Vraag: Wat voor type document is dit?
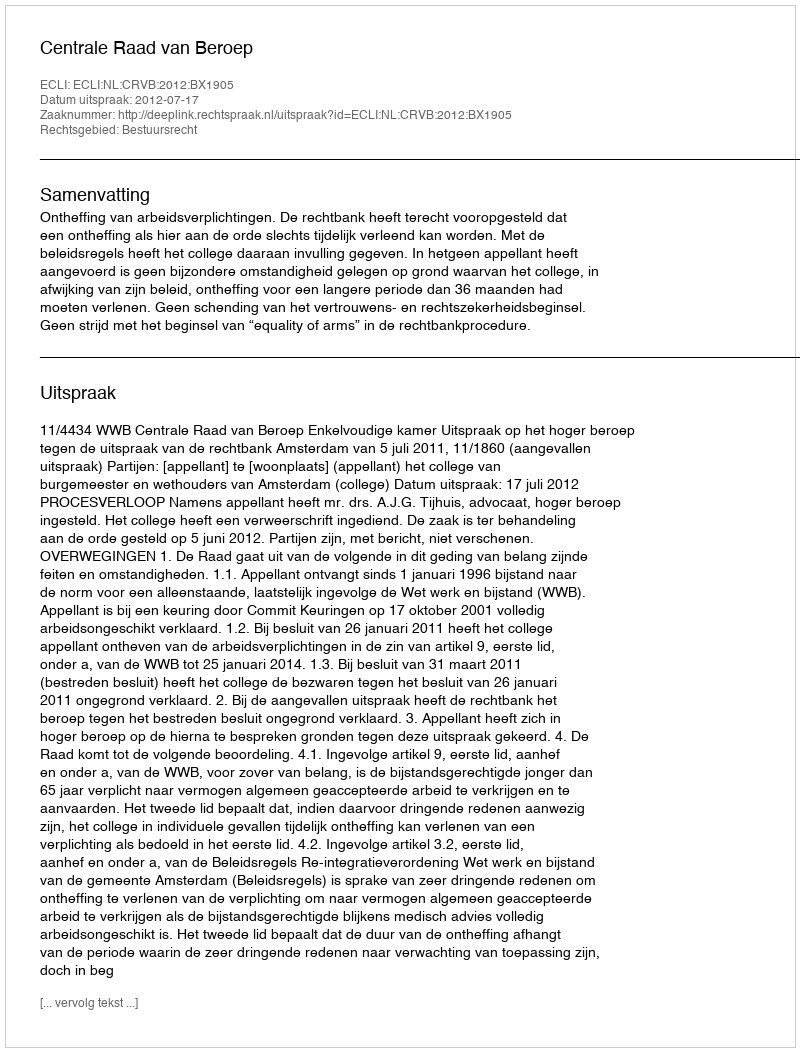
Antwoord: Uitspraak